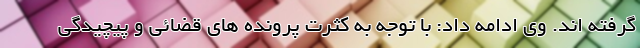
گرفته اند. وی ادامه داد: با توجه به کثرت پرونده های قضائی و پیچیدگی